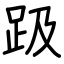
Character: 趿